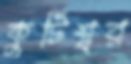
কুটিশ্বর